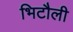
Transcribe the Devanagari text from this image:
भिटौली